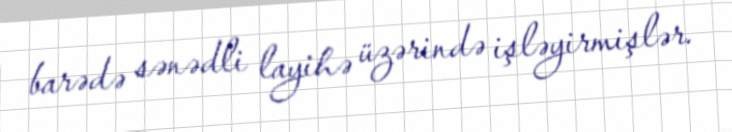
barədə sənədli layihə üzərində işləyirmişlər.